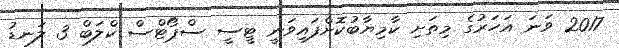
2017 ވަނަ އަހަރުގެ މިތަށި ކާމިޔާބުކޮށްފައިވަނީ ޓީސީ ސްޕޯޓްސް ކްލަބް 3 ލަނޑު